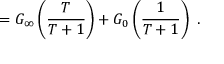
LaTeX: = G _ { \infty } \left( { \frac { T } { T + 1 } } \right) + G _ { 0 } \left( { \frac { 1 } { T + 1 } } \right) \ .